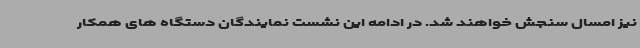
نیز امسال سنجش خواهند شد. در ادامه این نشست نمایندگان دستگاه های همکار